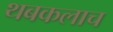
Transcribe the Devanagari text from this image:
थबकलाच